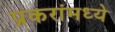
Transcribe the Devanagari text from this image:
प्रकरांमध्ये